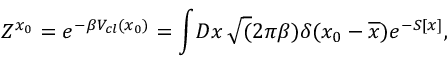
Z ^ { x _ { 0 } } = e ^ { - \beta V _ { c l } ( x _ { 0 } ) } = \int \! D x \, \sqrt ( 2 \pi \beta ) \delta ( x _ { 0 } - \overline { { { x } } } ) e ^ { - S [ x ] } ,